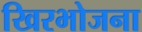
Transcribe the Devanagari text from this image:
खिरभोजना